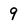
Character: 9